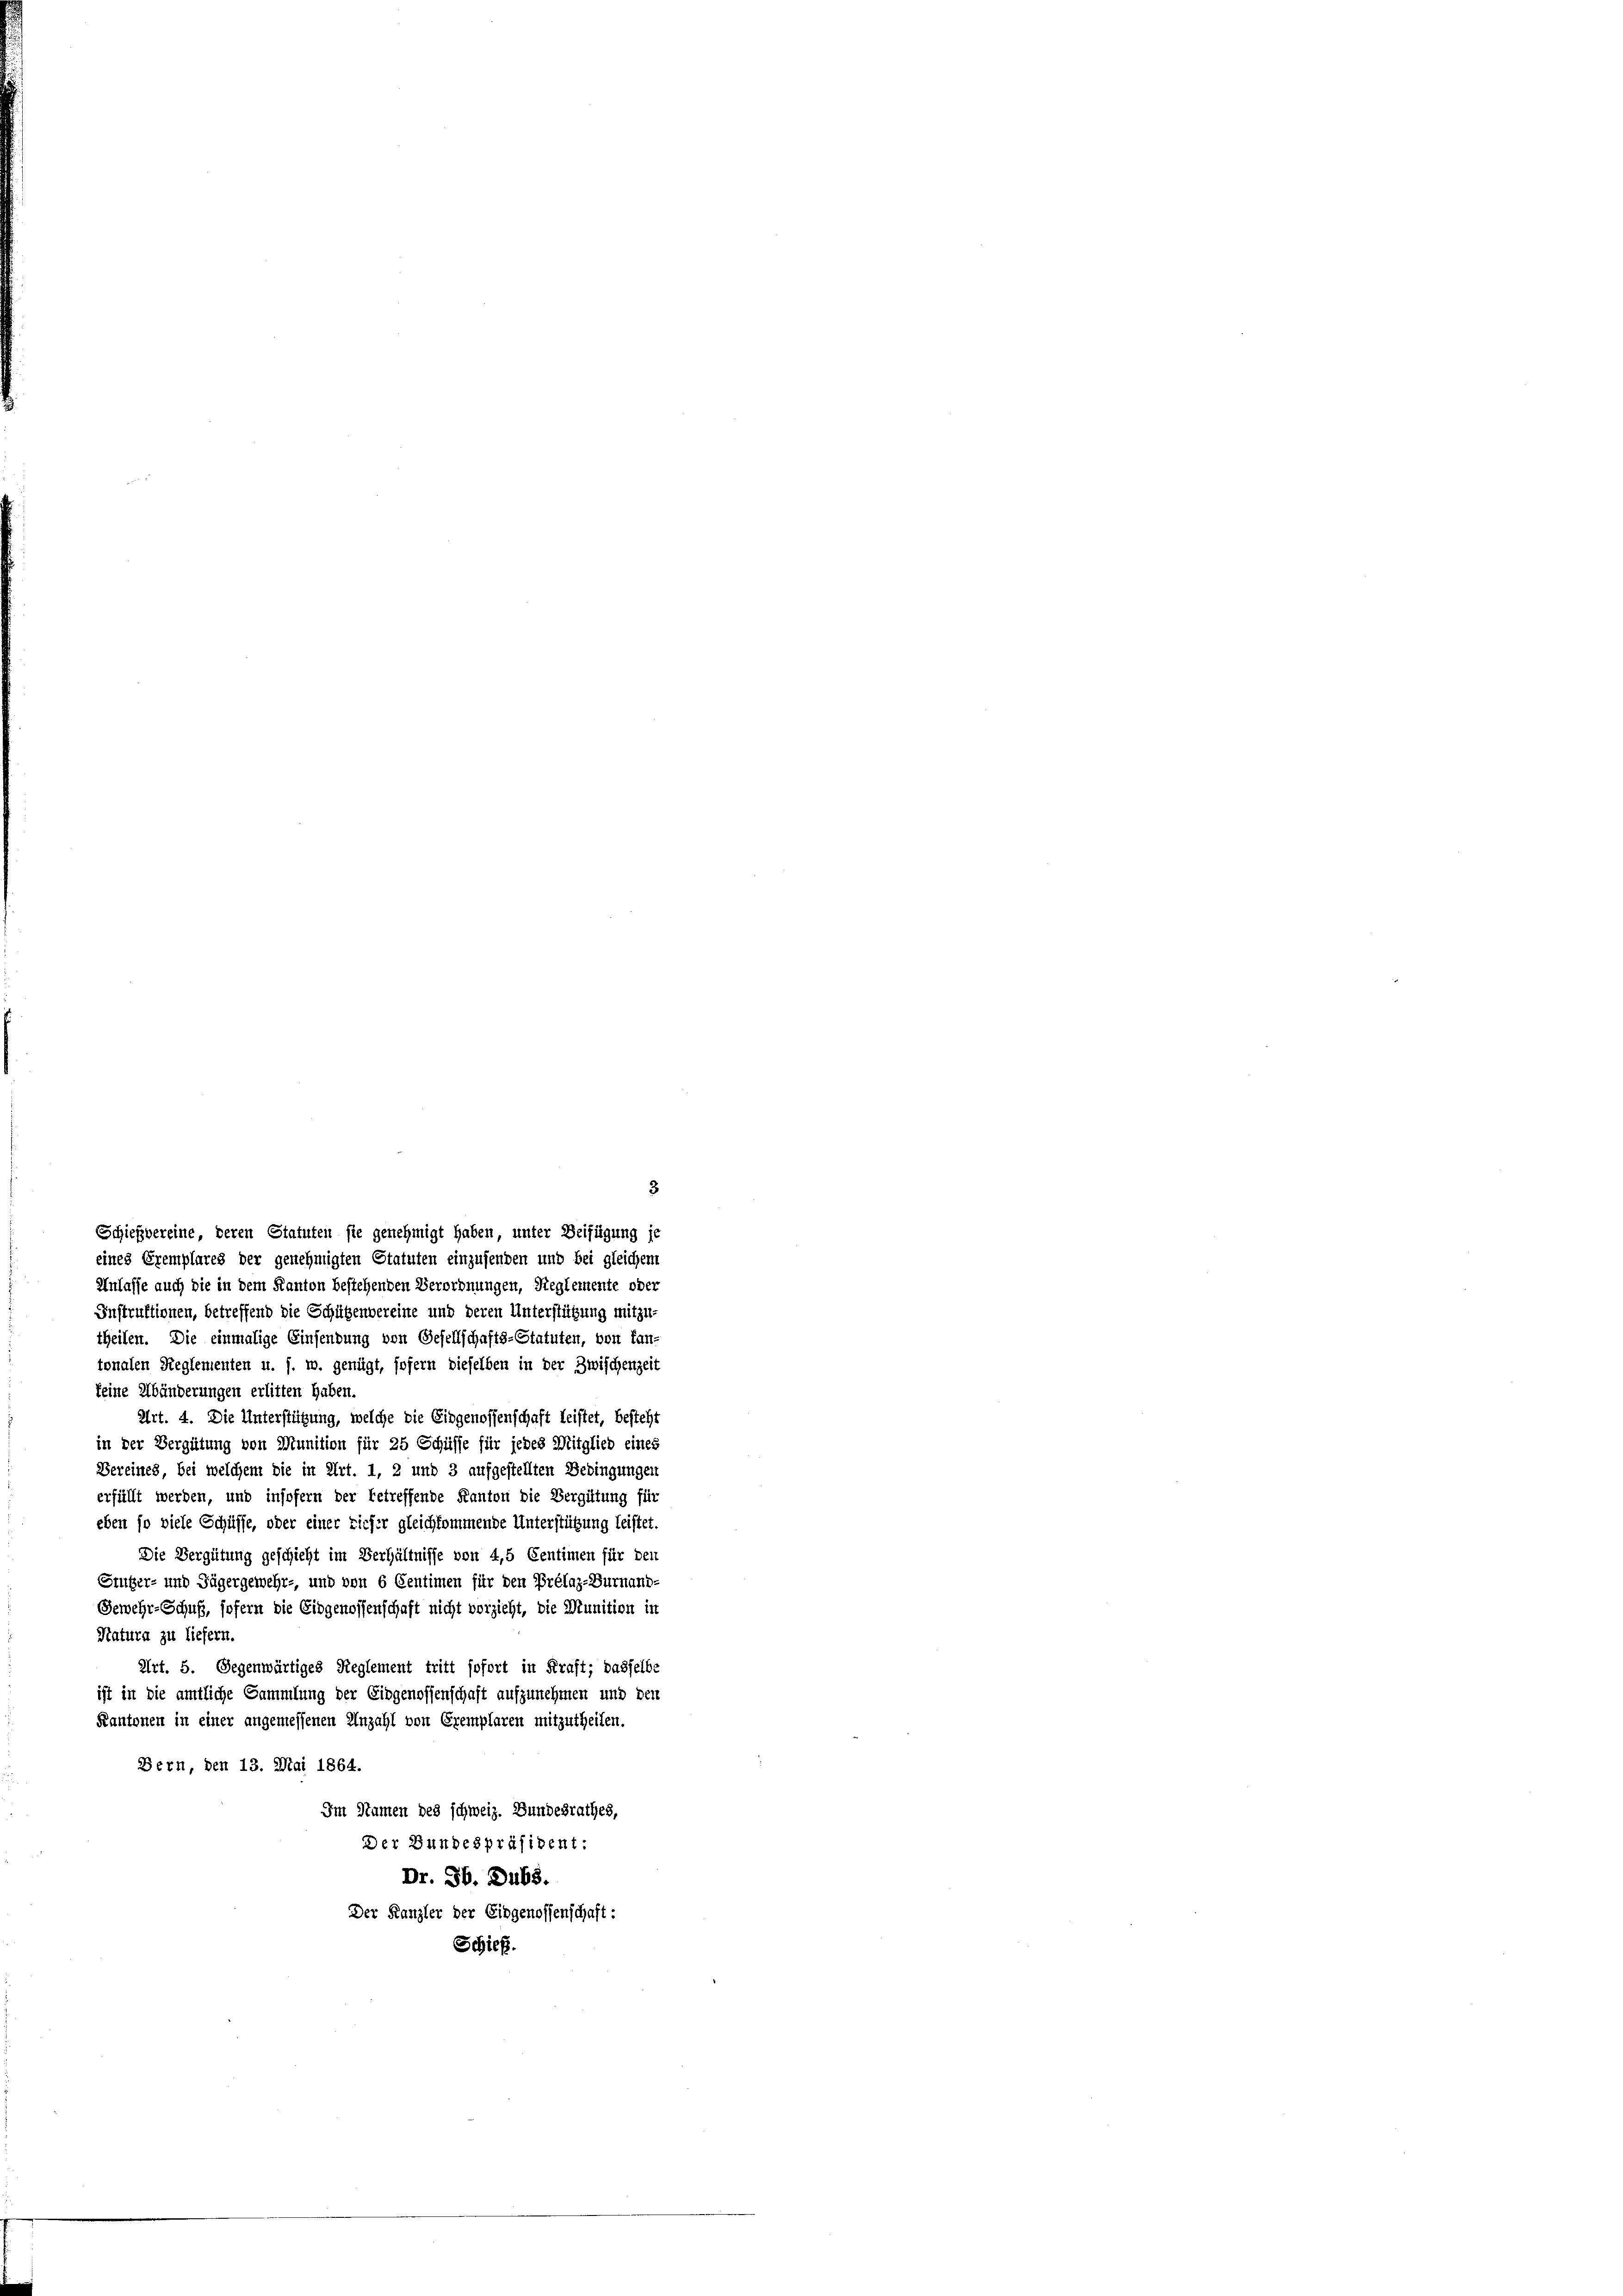
eines Eremplares der genehmigten Statuten einzusenden und bei gleichem
Anlasse auch die in dem Kanton bestehenden Verordnungen, Reglemente oder
Instruktionen, betreffend die Schützenvereine und deren Unterstützung mitzu-
theilen. Die einmalige Einsendung von Gesellschafts-Statuten, von Lan-
tonalen Reglementen u. s. w. genügt, sofern dieselben in der Zwischenzeit
keine Abänderungen erlitten haben.
Art. 4. Die Unterstützung, welche die Eidgenossenschaft leistet, besteht
in der Vergütung von Munition für 25 Schüsse für jedes Mitglied eines
Bereines, bei welchem die in Art. 1, 2 und 3 aufgestellten Bedingungen
erfüllt werden, und insofern der betreffende Kanton die Vergütung für
eben so viele Schüsse, oder einer tiefer gleichkommende Unterstützung leistet,
Die Vergütung geschieht im Verhältnisse von 4,5 Centimen für den
Stutzer- und Jägergewehr-, und von 6 Centimen für den Prélaz-Burnand-
Gewehr-Schuß, sofern die Eidgenossenschaft nicht vorzieht, die Munition in
Katura zu liefern.
Art. 5. Gegenwärtiges Reglement tritt sofort in Kraft; dasselbe
ist in die amtliche Sammlung der Eidgenossenschaft aufzunehmen und den
Kantonen in einer angemessenen Anzahl von Exemplaren mitzutheilen.
Bern, den 13. Mai 1864.
Im Namen des schweiz. Bundesrathes,
Der Bundespräsident:
Dr. St. Dubs.
Der Kanzler der Eidgenossenschaft:
Schieß.

Schießvereine, deren Statuten sie genehmigt haben, unter Beifügung je

3